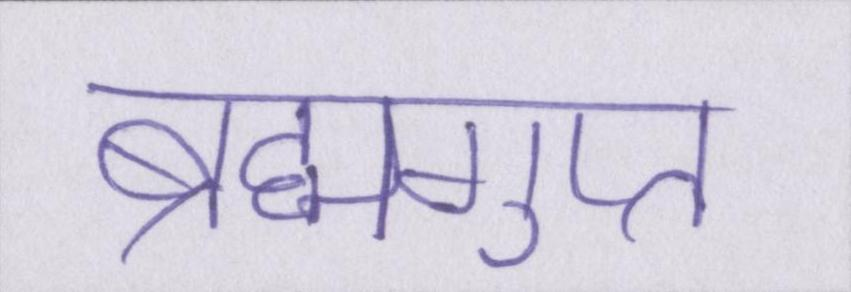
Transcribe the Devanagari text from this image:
ब्रह्मगुप्त